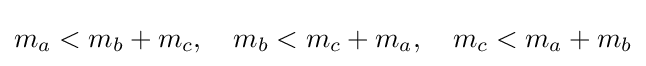
m_{a}<m_{b}+m_{c},\quad m_{b}<m_{c}+m_{a},\quad m_{c}<m_{a}+m_{b}